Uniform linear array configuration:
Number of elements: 24
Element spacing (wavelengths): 0.25
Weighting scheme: uniform
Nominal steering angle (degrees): -15
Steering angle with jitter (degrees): -16.02
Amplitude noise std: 0.05
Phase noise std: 0.05

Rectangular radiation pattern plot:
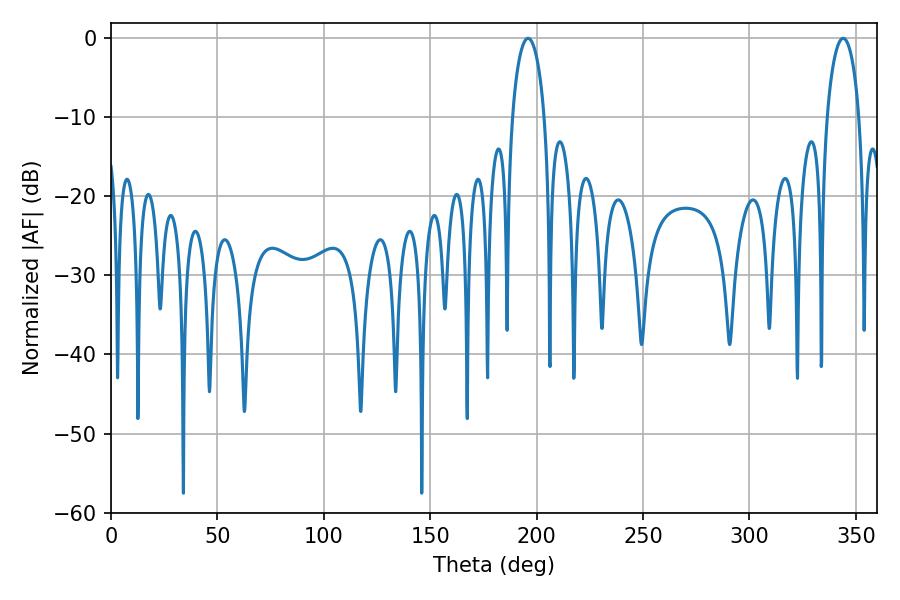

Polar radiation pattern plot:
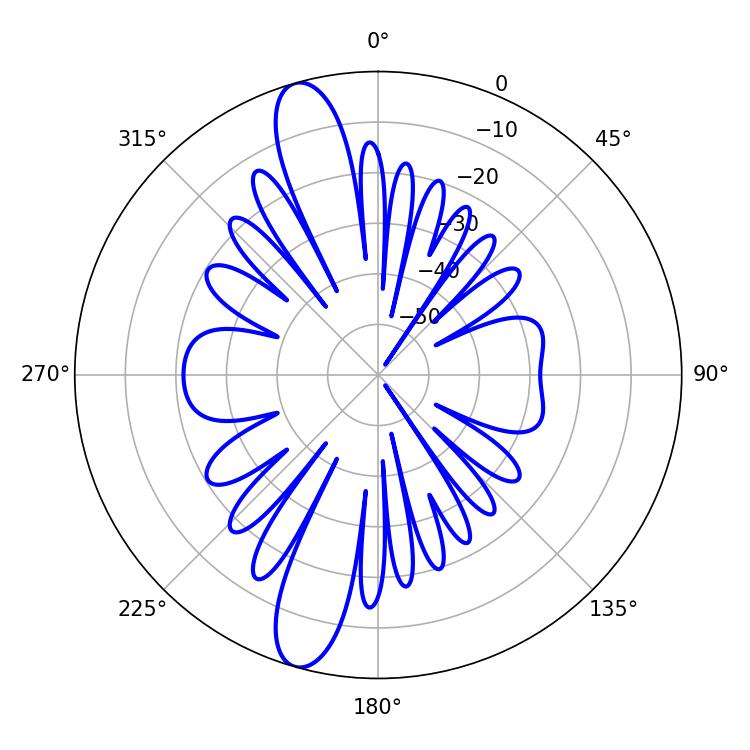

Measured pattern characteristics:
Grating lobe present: FALSE
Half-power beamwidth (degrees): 8.64
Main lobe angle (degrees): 196.02